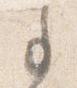
事